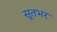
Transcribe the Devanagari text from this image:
सूतभर